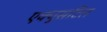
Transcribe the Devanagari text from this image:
एक्युसटिल